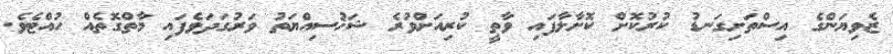
ޒެވިޔަންގެ އިސްތަށިގަނޑު ކުރުކޮށް ކޮށާލާފައި ވާތީ ކުރިއަށްވުރެ ޝަޚުސިއްޔަތު ވަރުގަދަވެފައި މާތްގޮތެއް ހުއްޓެވެ.